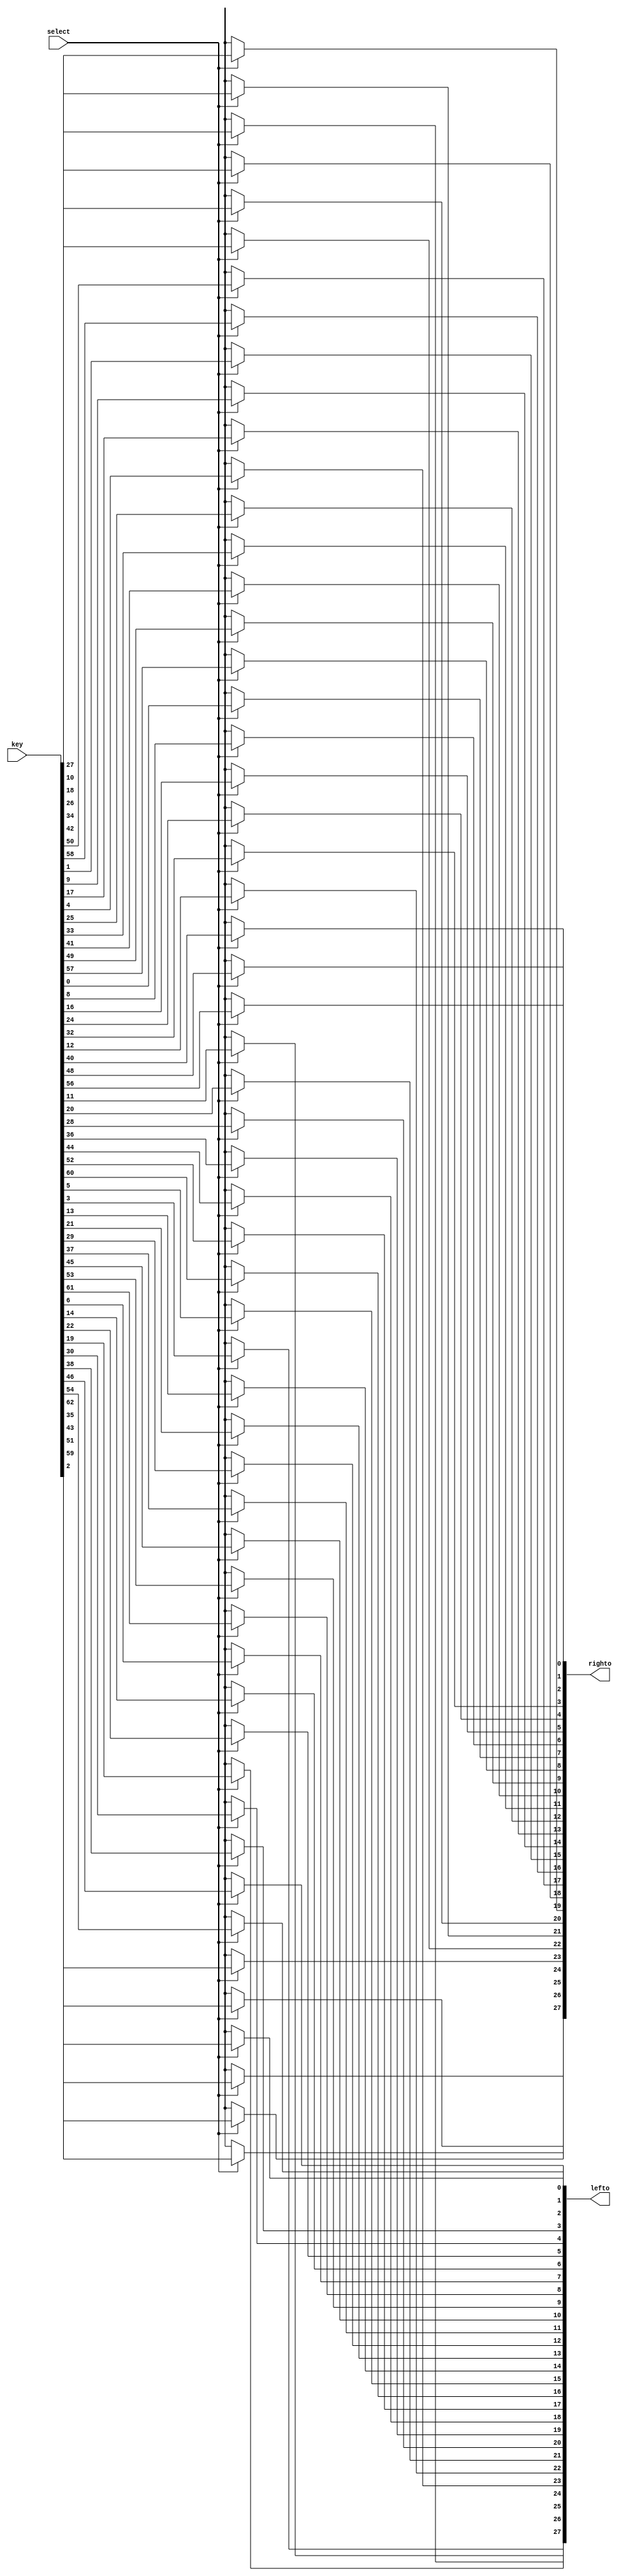
`timescale 1ns / 1ps
//////////////////////////////////////////////////////////////////////////////////
// Company: 
// Engineer: 
// 
// Design Name: 
// Module Name:    key_Processor 
// Project Name: 
// Target Devices: 
// Tool versions: 
// Description: 
//
// Dependencies: 
//
// Revision: 
// Revision 0.01 - File Created
// Additional Comments: 
//
//////////////////////////////////////////////////////////////////////////////////
module key_Processor(
	select,
	lefto,
	righto,
	key
    );
	 input select;
	 output [28:1] lefto;
	 output [28:1] righto;
	 wire select;
	 //wire [28:1] lefto; 
	 //wire [28:1] righto;
	 reg [56:1] output_permutation;
	 input [64:1] key;

	assign  righto= output_permutation[28:1];
	assign lefto = output_permutation[56:29];
	
	always@(select or key)
	begin
		if(select == 1)
		begin
									 output_permutation[1] <= key[57];
									 output_permutation[2] <= key[49];
									 output_permutation[3] <= key[41];
									 output_permutation[4] <= key[33];
									 output_permutation[5] <= key[25];
									 output_permutation[6] <= key[17];
									 output_permutation[7] <= key[9];
									 output_permutation[8] <= key[1];
									 output_permutation[9] <= key[58];
									 output_permutation[10] <= key[50];
									 output_permutation[11] <= key[42];
									 output_permutation[12] <= key[34];
									 output_permutation[13] <= key[26];
									 output_permutation[14] <= key[18];
									 output_permutation[15] <= key[10];
									 output_permutation[16] <= key[2];
									 output_permutation[17] <= key[59];
									 output_permutation[18] <= key[51];
									 output_permutation[19] <= key[43];
									 output_permutation[20] <= key[35];
									 output_permutation[21] <= key[27];
									 output_permutation[22] <= key[19];
									 output_permutation[23] <= key[11];
									 output_permutation[24] <= key[3];
									 output_permutation[25] <= key[60];
									 output_permutation[26] <= key[52];
									 output_permutation[27] <= key[44];
									 output_permutation[28] <= key[36];
									 output_permutation[29] <= key[63];
									 output_permutation[30] <= key[55];
									 output_permutation[31] <= key[47];
									 output_permutation[32] <= key[39];
									 output_permutation[33] <= key[31];
									 output_permutation[34] <= key[23];
									 output_permutation[35] <= key[15];
									 output_permutation[36] <= key[7];
									 output_permutation[37] <= key[62];
									 output_permutation[38] <= key[54];
									 output_permutation[39] <= key[46];
									 output_permutation[40] <= key[38];
									 output_permutation[41] <= key[30];
									 output_permutation[42] <= key[22];
									 output_permutation[43] <= key[14];
									 output_permutation[44] <= key[6];
									 output_permutation[45] <= key[61];
									 output_permutation[46] <= key[53];
									 output_permutation[47] <= key[45];
									 output_permutation[48] <= key[37];
									 output_permutation[49] <= key[29];
									 output_permutation[50] <= key[21];
									 output_permutation[51] <= key[13];
									 output_permutation[52] <= key[5];
									 output_permutation[53] <= key[28];
									 output_permutation[54] <= key[20];
									 output_permutation[55] <= key[12];
									 output_permutation[56] <= key[4];
		end
		else
			begin
				 output_permutation <= 64'bx;
			end
	
	end
	

endmodule